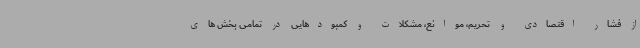
از فشار اقتصادی و تحریم، موانع، مشکلات و کمبودهایی در تمامی بخش های